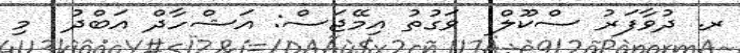
ރ. ދުވާފަރު ސްކޫލް  ވަގުތު އިމޭޖަސް: އަޝްހާދް އަބްދު  މި